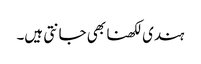
ہندی لکھنا بھی جانتی ہیں۔